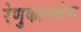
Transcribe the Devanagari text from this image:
रेणुकामातेचा